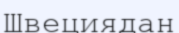
Швециядан